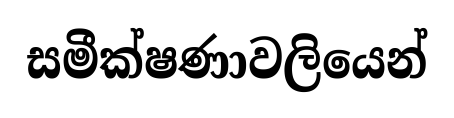
සමීක්ෂණාවලියෙන්